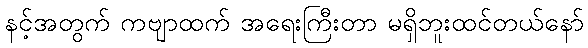
နင့်အတွက် ကဗျာထက် အရေးကြီးတာ မရှိဘူးထင်တယ်နော်